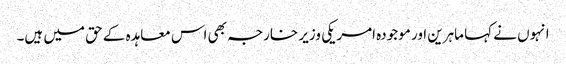
انہوں نے کہا ماہرین اور موجودہ امریکی وزیر خارجہ بھی اس معاہدہ کے حق میں ہیں۔